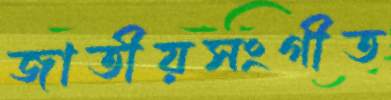
জাতীয়সংগীত